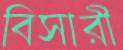
বিসারী